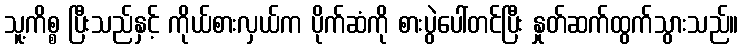
သူ့ကိစ္စ ပြီးသည်နှင့် ကိုယ်စားလှယ်က ပိုက်ဆံကို စားပွဲပေါ်တင်ပြီး နှုတ်ဆက်ထွက်သွားသည်။